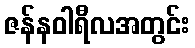
ဇန်နဝါရီလအတွင်း